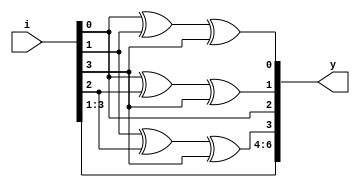
module hamming(input [3:0] i, output [6:0] y);
  assign y[0] = i[0]^i[1]^i[3];
  assign y[1] = i[0]^i[2]^i[3];
  assign y[2] = i[0];
  assign y[3] = i[1]^i[2]^i[3];
  assign y[4] = i[1];
  assign y[5] = i[2];
  assign y[6] = i[3];
endmodule